Indian Civil Veterinary Department memoirs
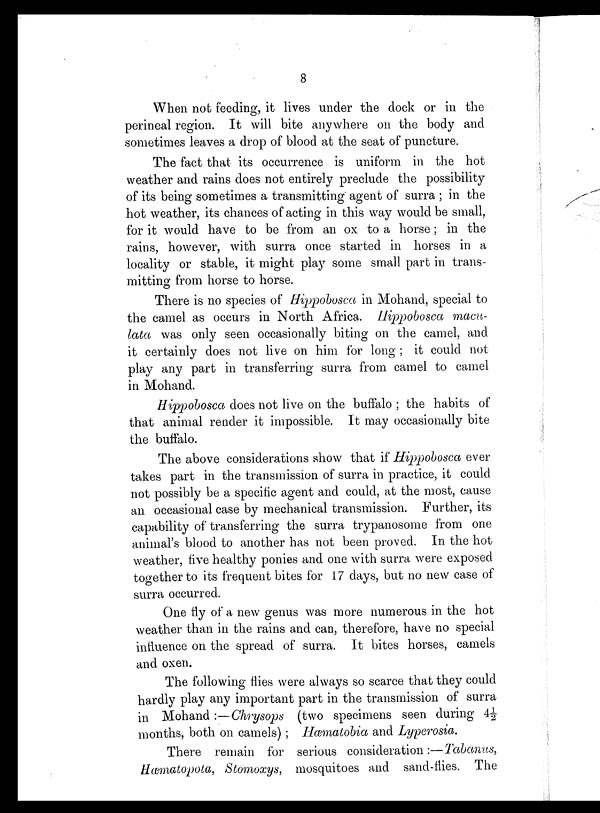
8
When not feeding, it lives under the dock or in the
perineal region. It will bite anywhere on the body and
sometimes leaves a drop of blood at the seat of puncture.
The fact that its occurrence is uniform in the hot
weather and rains does not entirely preclude the possibility
of its being sometimes a transmitting agent of surra; in the
hot weather, its chances of acting in this way would be small,
for it would have to be from an ox to a horse; in the
rains, however, with surra once started in horses in a
locality or stable, it might play some small part in trans-
mitting from horse to horse.
There is no species of Hippobosca in Mohand, special to
the camel as occurs in North Africa. Hippobosca macu-
lata was only seen occasionally biting on the camel, and
it certainly does not live on him for long; it could not
play any part in transferring surra from camel to camel
in Mohand.
Hippobosca does not live on the buffalo; the habits of
that animal render it impossible. It may occasionally bite
the buffalo.
The above considerations show that if Hippobosca ever
takes part in the transmission of surra in practice, it could
not possibly be a specific agent and could, at the most, cause
an occasional case by mechanical transmission. Further, its
capability of transferring the surra trypanosome from one
animal's blood to another has not been proved. In the hot
weather, five healthy ponies and one with surra were exposed
together to its frequent bites for 17 days, but no new case of
surra occurred.
One fly of a new genus was more numerous in the hot
weather than in the rains and can, therefore, have no special
influence on the spread of surra. It bites horses, camels
and oxen.
The following flies were always so scarce that they could
hardly play any important part in the transmission of surra
in Mohand:—Chrysops (two specimens seen during 4½
months, both on camels); Hæmatobia and Lyperosia.
There remain for serious consideration :—Tabanus,
Hæmatopota, Stomoxys, mosquitoes and sand-flies. The